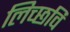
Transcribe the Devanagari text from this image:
लिच्‍छवि